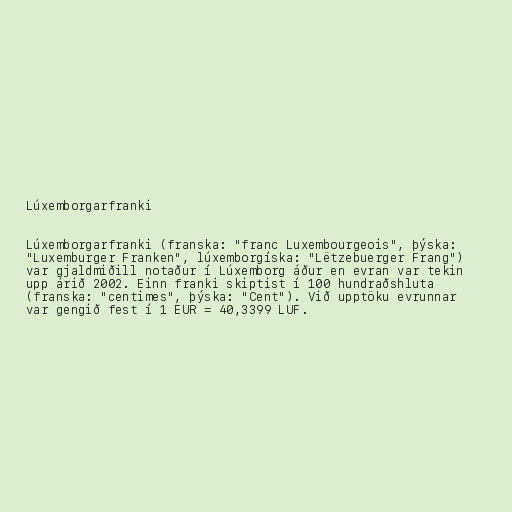
Lúxemborgarfranki

Lúxemborgarfranki (franska: "franc Luxembourgeois", þýska:
"Luxemburger Franken", lúxemborgíska: "Lëtzebuerger Frang")
var gjaldmiðill notaður í Lúxemborg áður en evran var tekin
upp árið 2002. Einn franki skiptist í 100 hundraðshluta
(franska: "centimes", þýska: "Cent"). Við upptöku evrunnar
var gengið fest í 1 EUR = 40,3399 LUF.